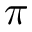
\pi